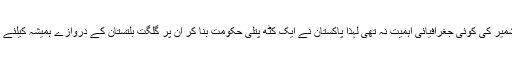
جبکہ آزاد کشمیر کی کوئی جغرافیائی اہمیت نہ تھی لہٰذا پاکستان نے ایک کٹھ پتلی حکومت بنا کر ان پر گلگت بلتستان کے دروازے ہمیشہ کیلئے بند کر دئیے۔